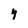
Character: Y